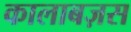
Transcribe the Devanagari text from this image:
कालाबज़स